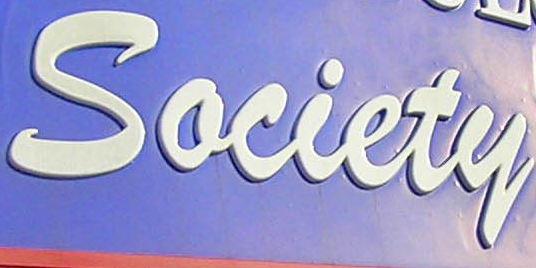
Society